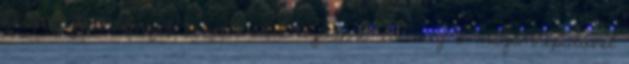
később festmények vezetik őket nyomra, és még a magánrepülővel